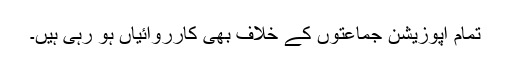
تمام اپوزیشن جماعتوں کے خلاف بھی کارروائیاں ہو رہی ہیں۔